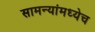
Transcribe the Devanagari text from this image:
सामन्यांमध्येच